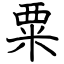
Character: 粟